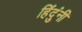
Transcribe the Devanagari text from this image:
हिंदुंनी